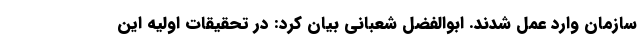
سازمان وارد عمل شدند. ابوالفضل شعبانی بیان کرد: در تحقیقات اولیه این